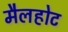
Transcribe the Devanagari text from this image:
मैलहोट